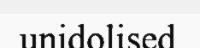
unidolised